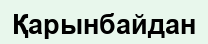
Қарынбайдан